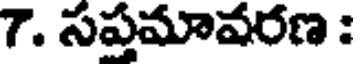
7. సప్రమావరణ :